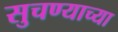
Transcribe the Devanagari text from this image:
सुचण्याच्या